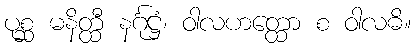
ပုစ္ဆ မနိတ္ထီ နင်္ဂုဋ္ဌံ၊ ဝါလဟတ္ထော စ ဝါလဓိ။